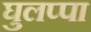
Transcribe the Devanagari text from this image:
घुलप्पा